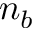
n _ { b }